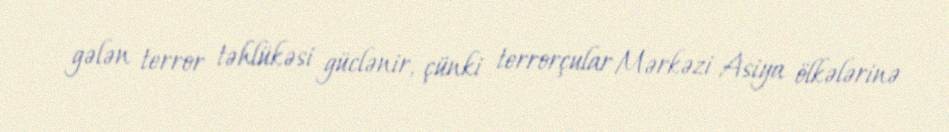
gələn terror təhlükəsi güclənir, çünki terrorçular Mərkəzi Asiya ölkələrinə